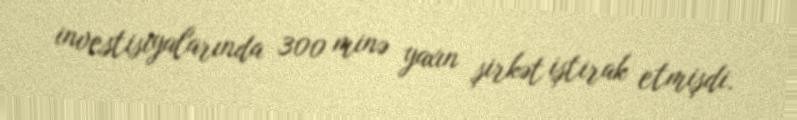
investisiyalarında 300 minə yaxın şirkət iştirak etmişdi.